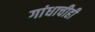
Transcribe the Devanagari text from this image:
गांधाचीही